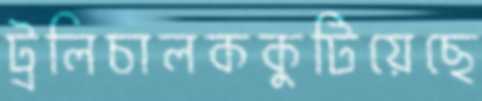
ট্রলিচালককুটিয়েছে